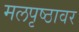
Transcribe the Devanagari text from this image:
मलपृष्ठावर